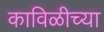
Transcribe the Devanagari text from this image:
काविळीच्या